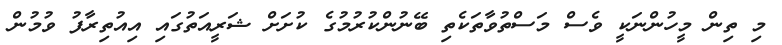
މި ތިން މީހުންނަކީ ވެސް މަސްތުވާތަކެތި ބޭނުންކުރުމުގެ ކުށަށް ޝަރީއަތުގައި އިއުތިރާފު ވުމުން